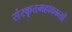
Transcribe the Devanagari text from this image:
संस्कृतमहाकाव्यों